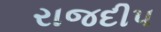
રાજદીપ